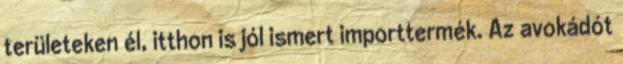
területeken él, itthon is jól ismert importtermék. Az avokádót